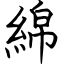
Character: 綿